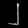
Digit: ၂